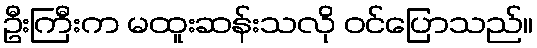
ဦးကြီးက မထူးဆန်းသလို ဝင်ပြောသည်။